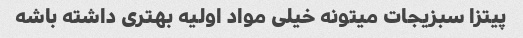
پیتزا سبزیجات میتونه خیلی مواد اولیه بهتری داشته باشه